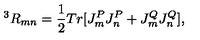
^ 3 R _ { m n } = \frac { 1 } { 2 } T r [ J _ { m } ^ { P } J _ { n } ^ { P } + J _ { m } ^ { Q } J _ { n } ^ { Q } ] ,